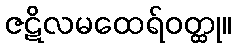
ဇဋိလမထေရ်ဝတ္ထု။